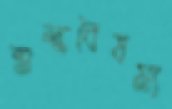
শুল্কবৈষম্য